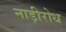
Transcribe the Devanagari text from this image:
नाड़ीरोध